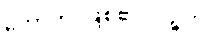
ဟောတိ၊ ဖြစ်၏။ ပဉ္စဟိ၊